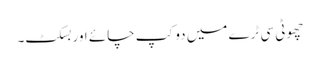
چھوٹی سی ٹرے میں دو کپ چائے اور بسکٹ۔